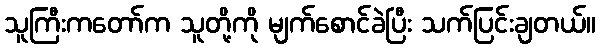
သူကြီးကတော်က သူတို့ကို မျက်စောင်ခဲပြီး သက်ပြင်းချတယ်။